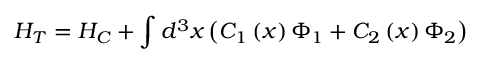
H _ { T } = H _ { C } + \int d ^ { 3 } x \left( C _ { 1 } \left( x \right) \Phi _ { 1 } + C _ { 2 } \left( x \right) \Phi _ { 2 } \right)